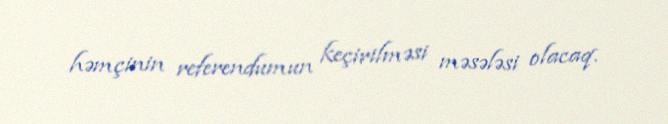
həmçinin referendumun keçirilməsi məsələsi olacaq.